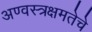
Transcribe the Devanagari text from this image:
अण्वस्त्रक्षमतेचे